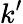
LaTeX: k^{\prime}